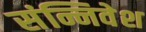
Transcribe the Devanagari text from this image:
संन्निवेश